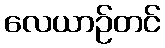
လေယာဉ်တင်